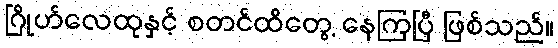
ဂြိုဟ်လေထုနှင့် စတင်ထိတွေ့ နေကြပြီ ဖြစ်သည်။